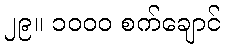
၂၉။ ၁၀၀၀ စက်ချောင်